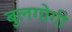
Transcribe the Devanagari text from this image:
बुलगोगी